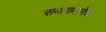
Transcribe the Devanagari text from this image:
समागमानेंच